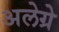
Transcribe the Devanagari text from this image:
अलेग्रे